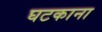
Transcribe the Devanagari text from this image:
घटकाना